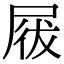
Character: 𡲁